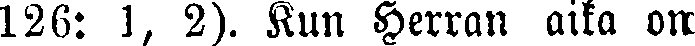
126: 1, 2). Kun Herran aika on